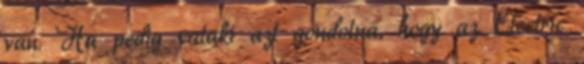
van. Ha pedig valaki azt gondolná, hogy az Electric